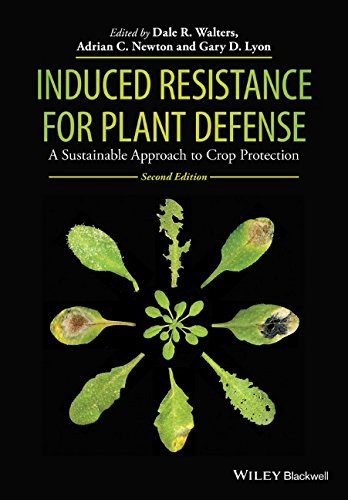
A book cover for Induced Resistance for Plant Defense: A Sustainable Approach to Crop Protection; Crafts, Hobbies & Home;